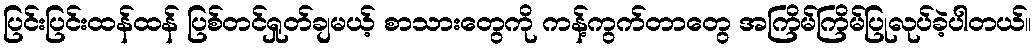
ပြင်းပြင်းထန်ထန် ပြစ်တင်ရှုတ်ချမယ့် စာသားတွေကို ကန့်ကွက်တာတွေ အကြိမ်ကြိမ်ပြုလုပ်ခဲ့ပါတယ်။